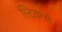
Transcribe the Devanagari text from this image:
स्टियर्न्स